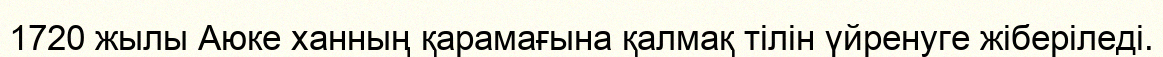
1720 жылы Аюке ханның қарамағына қалмақ тілін үйренуге жіберіледі.